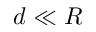
d \ll R